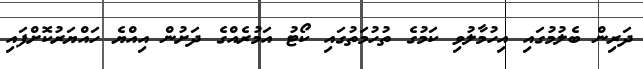
ދަރިން ބެލުމުގައި އިހުމާލުވި ކަމުގެ ތުހުމަތުގައި ކޯޓު އަމުރެއްގެ ދަށުން އިއްޔެ ހައްޔަރުކޮށްފައި